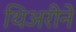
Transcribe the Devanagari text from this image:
थिअरीने